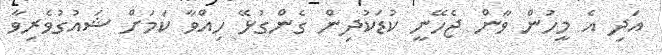
އަދި އެ މީހުން ވާން ޖެހޭނީ ކުޑަކުދިން ގެންގުޅޭ ހިއްވާ ކަަމަށް ޝައުގުވެރިވާ